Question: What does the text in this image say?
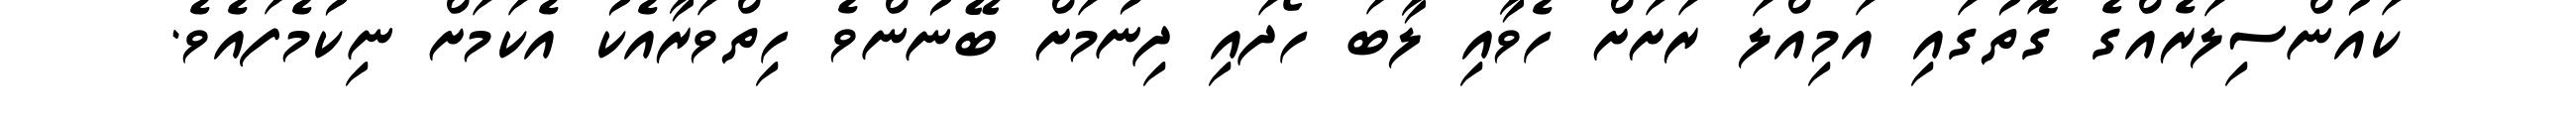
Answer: ކައުންސިލަރެއްގެ ގޮތުގައި އަމިއްލަ ރަށަށް ހެވާއި ލާބަ ހޯދައި ދިނުމަށް ބޭނުންވެ ހިތްވަރާއެކު އެކަމަށް ނިކުމެފައެވެ.